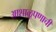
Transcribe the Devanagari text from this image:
आशाळूपणाची